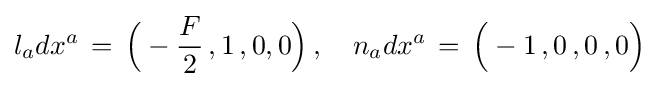
l_{a}dx^{a}\,=\,{\Big (}-{\frac {F}{2}}\,,1\,,0,0{\Big )}\,,\quad n_{a}dx^{a}\,=\,{\Big (}-1\,,0\,,0\,,0{\Big )}